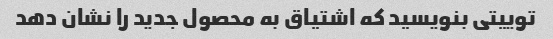
توییتی بنویسید که اشتیاق به محصول جدید را نشان دهد